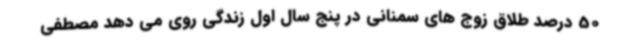
50 درصد طلاق زوج های سمنانی در پنج سال اول زندگی روی می دهد مصطفی